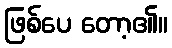
ဖြစ်ပေ တော့၏။